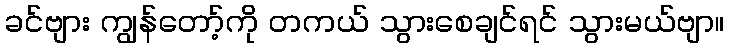
ခင်ဗျား ကျွန်တော့်ကို တကယ် သွားစေချင်ရင် သွားမယ်ဗျာ။